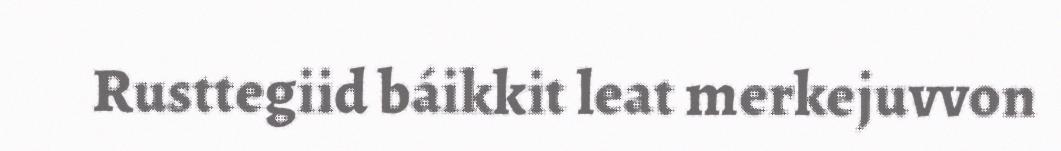
Rusttegiid báikkit leat merkejuvvon